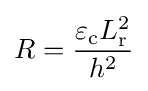
R={\frac {\varepsilon _{\text{c}}L_{\text{r}}^{2}}{h^{2}}}